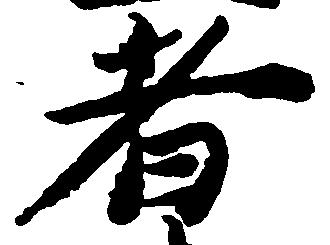
者